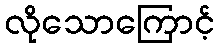
လိုသောကြောင့်